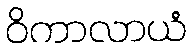
ဝိကာလာယံ